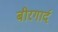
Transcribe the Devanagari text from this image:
बीरगार्द